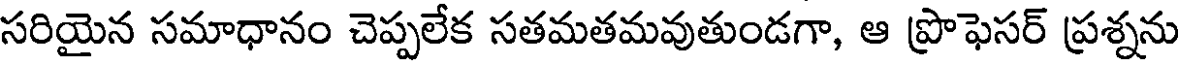
సరియైన సమాధానం చెప్పలేక సతమతమవుతుండగా, ఆ ప్రొఫెసర్ ప్రశ్నను